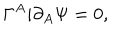
\Gamma ^ { A } i \partial _ { A } \Psi = 0 ,